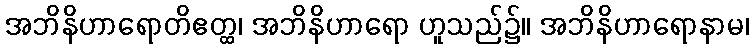
အဘိနိဟာရောတိဧတ္ထ၊ အဘိနိဟာရော ဟူသည်၌။ အဘိနိဟာရောနာမ၊